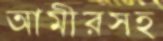
আমীরসহ